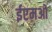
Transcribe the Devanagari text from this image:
ईएमओ